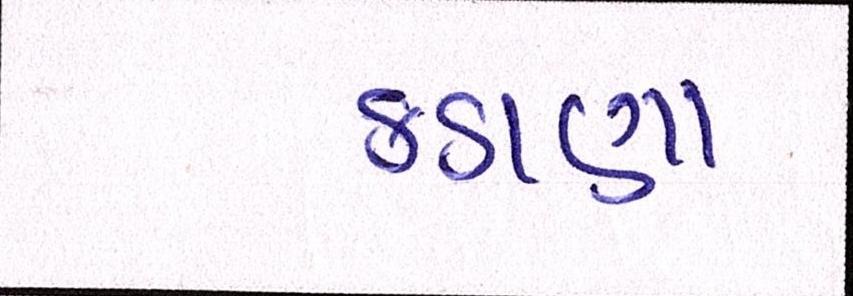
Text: કડાણા